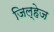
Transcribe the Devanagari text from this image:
जिल्हेज